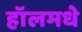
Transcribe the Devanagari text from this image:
हॉलमधे